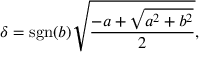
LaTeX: \delta = \operatorname { s g n } ( b ) { \sqrt { \frac { - a + { \sqrt { a ^ { 2 } + b ^ { 2 } } } } { 2 } } } ,